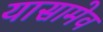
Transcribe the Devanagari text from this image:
यासामेव